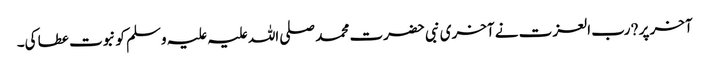
آخر پر ?رب العزت نے آخری نبی حضرت محمد صلی اللہ علیہ علیہ وسلم کو نبوت عطا کی۔